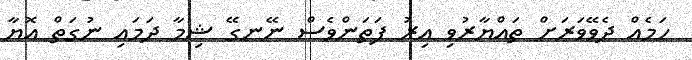
ހަމެއް ދެވޭވަރަށް ތައްޔާރުވި އިރު ފަތަންވެސް ނޭނގޭ ޝިމާ ދަމައި ނުގަތް އޮޔާ